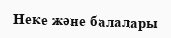
Неке және балалары